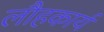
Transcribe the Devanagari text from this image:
लौहकार्य